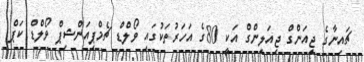
ޗައިނާގެ ޖިއަންގް ޖިއަލިންގް އަކީ 80ގެ އަހަރުތަކުގައި ވޯލްޑް ޗެމްޕިއަންޝިޕް ވޯލްޑް ކަޕް